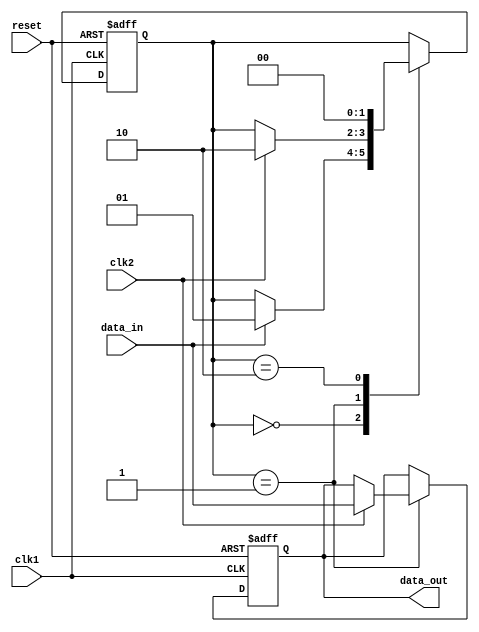
module Bypass_Register (
  input clk1,
  input clk2,
  input reset,
  input data_in,
  output reg data_out
);

reg [1:0] state;

always @(posedge clk1 or posedge reset) begin
  if (reset) begin
    state <= 2'b00;
    data_out <= 1'b0;
  end
  else begin
    case (state)
      2'b00: begin // State 0 - Waiting for signal to transfer data
        if (data_in) begin
          state <= 2'b01;
        end
      end
      2'b01: begin // State 1 - Data transfer in progress
        if (clk2) begin
          data_out <= data_in;
          state <= 2'b10;
        end
      end
      2'b10: begin // State 2 - Data transfer complete
        state <= 2'b00;
      end
    endcase
  end
end

endmodule